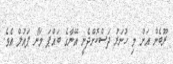
ރޫބެން އަށް މި ހުނަރު ދަސްކޮށްދެނީ އޭނާގެ ބައްޕަ މަނޯ ޕައުލް އެވެ.